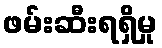
ဖမ်းဆီးရရှိမှု